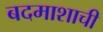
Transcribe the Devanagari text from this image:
बदमाशाची